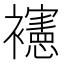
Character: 𰴉